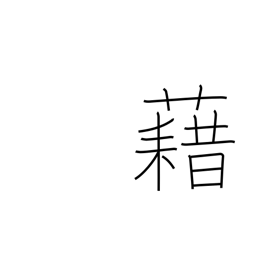
Meaning: carpet